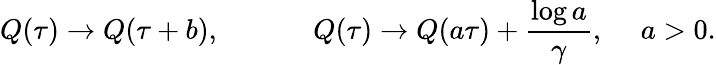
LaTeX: Q(\tau)\rightarrow Q(\tau+b),~~~~~~~~~~~~~Q(\tau)\rightarrow Q(a\tau)+\frac{\log a}{\gamma},~~~~~a>0.